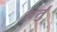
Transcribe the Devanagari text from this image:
तर्तुं